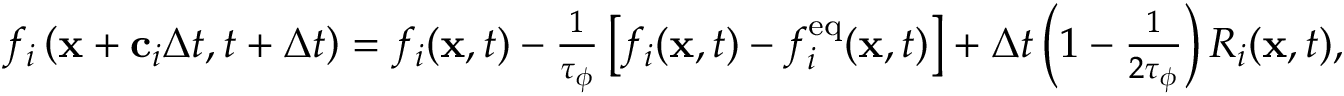
\begin{array} { r } { f _ { i } \left( \mathbf { x } + \mathbf { c } _ { i } \Delta t , t + \Delta t \right) = f _ { i } ( \mathbf { x } , t ) - \frac { 1 } { \tau _ { \phi } } \left[ f _ { i } ( \mathbf { x } , t ) - f _ { i } ^ { \mathrm { e q } } ( \mathbf { x } , t ) \right] + \Delta t \left( 1 - \frac { 1 } { 2 \tau _ { \phi } } \right) R _ { i } ( \mathbf { x } , t ) , } \end{array}